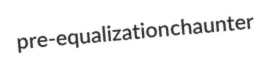
pre-equalization chaunter